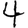
Digit: 4